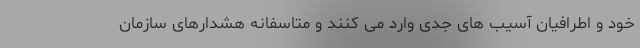
خود و اطرافیان آسیب های جدی وارد می کنند و متاسفانه هشدارهای سازمان